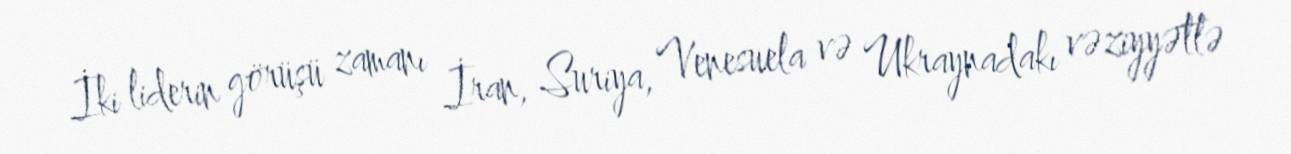
İki liderin görüşü zamanı İran, Suriya, Venesuela və Ukraynadakı vəziyyətlə